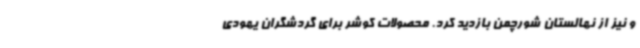
و نیز از نهالستان شورچمن بازدید کرد. محصولات کوشر برای گردشگران یهودی